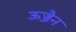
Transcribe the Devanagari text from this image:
ऊज्जैन